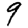
Digit: 9